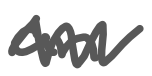
Text: an
Cross-out: zig-zag
Writing tool: digital_gray